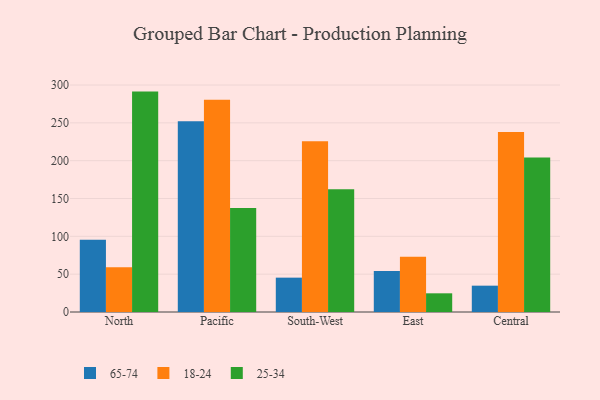
{"axis": {"x": "Region", "y": "Population (Million)"}, "legend": ["18-24", "25-34", "65-74"], "data": [{"x": "North", "y": 95.5, "type": "65-74"}, {"x": "North", "y": 59.1, "type": "18-24"}, {"x": "North", "y": 291.3, "type": "25-34"}, {"x": "Pacific", "y": 252.1, "type": "65-74"}, {"x": "Pacific", "y": 280.5, "type": "18-24"}, {"x": "Pacific", "y": 137.3, "type": "25-34"}, {"x": "South-West", "y": 45.4, "type": "65-74"}, {"x": "South-West", "y": 225.6, "type": "18-24"}, {"x": "South-West", "y": 162.2, "type": "25-34"}, {"x": "East", "y": 54.1, "type": "65-74"}, {"x": "East", "y": 73.1, "type": "18-24"}, {"x": "East", "y": 24.7, "type": "25-34"}, {"x": "Central", "y": 34.8, "type": "65-74"}, {"x": "Central", "y": 237.9, "type": "18-24"}, {"x": "Central", "y": 204.2, "type": "25-34"}]}